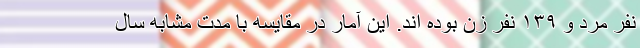
نفر مرد و ۱۳۹ نفر زن بوده اند. این آمار در مقایسه با مدت مشابه سال